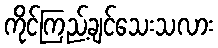
ကိုင်ကြည့်ချင်သေးသလား